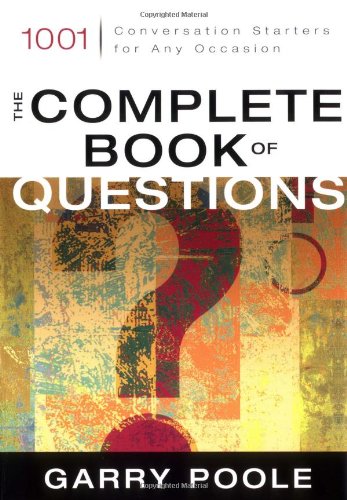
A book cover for The Complete Book of Questions: 1001 Conversation Starters for Any Occasion; Garry D. Poole; Reference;